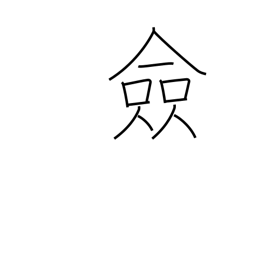
Meaning: all